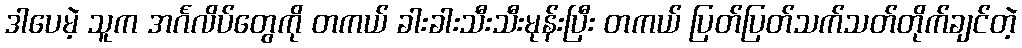
ဒါပေမဲ့ သူက အင်္ဂလိပ်တွေကို တကယ် ခါးခါးသီးသီးမုန်းပြီး တကယ် ပြတ်ပြတ်သက်သတ်တိုက်ချင်တဲ့